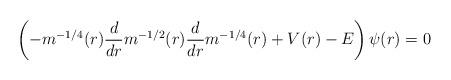
LaTeX: \begin{align*} \left(- m^{-1/4}(r) \frac{d}{dr} m^{-1/2}(r) \frac{d}{dr} m^{-1/4}(r) + V(r) - E\right) \psi(r) = 0\end{align*}